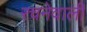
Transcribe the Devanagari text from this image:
रचनेवाली